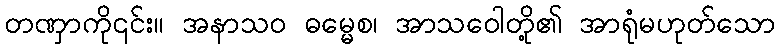
တဏှာကို၎င်း။ အနာသဝ ဓမ္မေစ၊ အာသဝေါတို့၏ အာရုံမဟုတ်သော